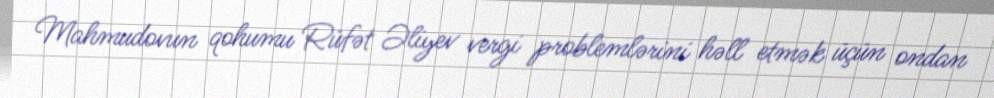
Mahmudovun qohumu Rüfət Əliyev vergi problemlərini həll etmək üçün ondan